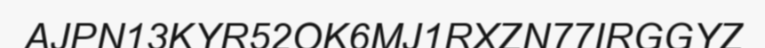
AJPN13KYR52OK6MJ1RXZN77IRGGYZ